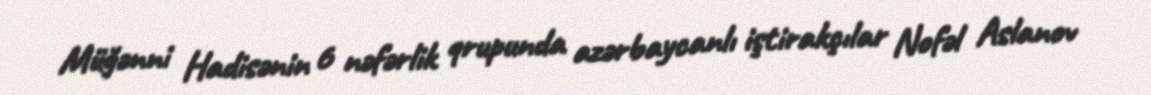
Müğənni Hadisənin 6 nəfərlik qrupunda azərbaycanlı iştirakçılar Nofəl Aslanov